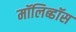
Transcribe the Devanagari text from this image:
मॉलिब्डॉस